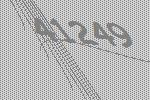
41249